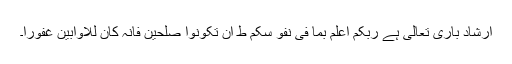
ارشاد باری تعالیٰ ہے رَبُّکُمْ اَعْلَمُ بِمَا فِیْ نُفُوْ سِکُمْ ط اِنْ تَکُوْنُوْا صٰلِحِیْنَ فَاِنَّہٗ کَانَ لِلْاَوَّابِیْنَ غَفُوْرًا۔